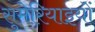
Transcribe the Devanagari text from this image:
सुमेरियाइयों